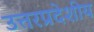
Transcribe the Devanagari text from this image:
उत्तरप्रदेशीय